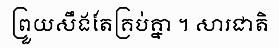
ព្រួយសឹងតែគ្រប់គ្នា ។ សារជាតិ